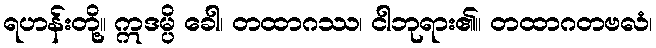
ရဟန်းတို့။ ဣဒမ္ပိ ခေါ၊ တထာဂဿ၊ ငါဘုရား၏။ တထာဂတဗလံ၊